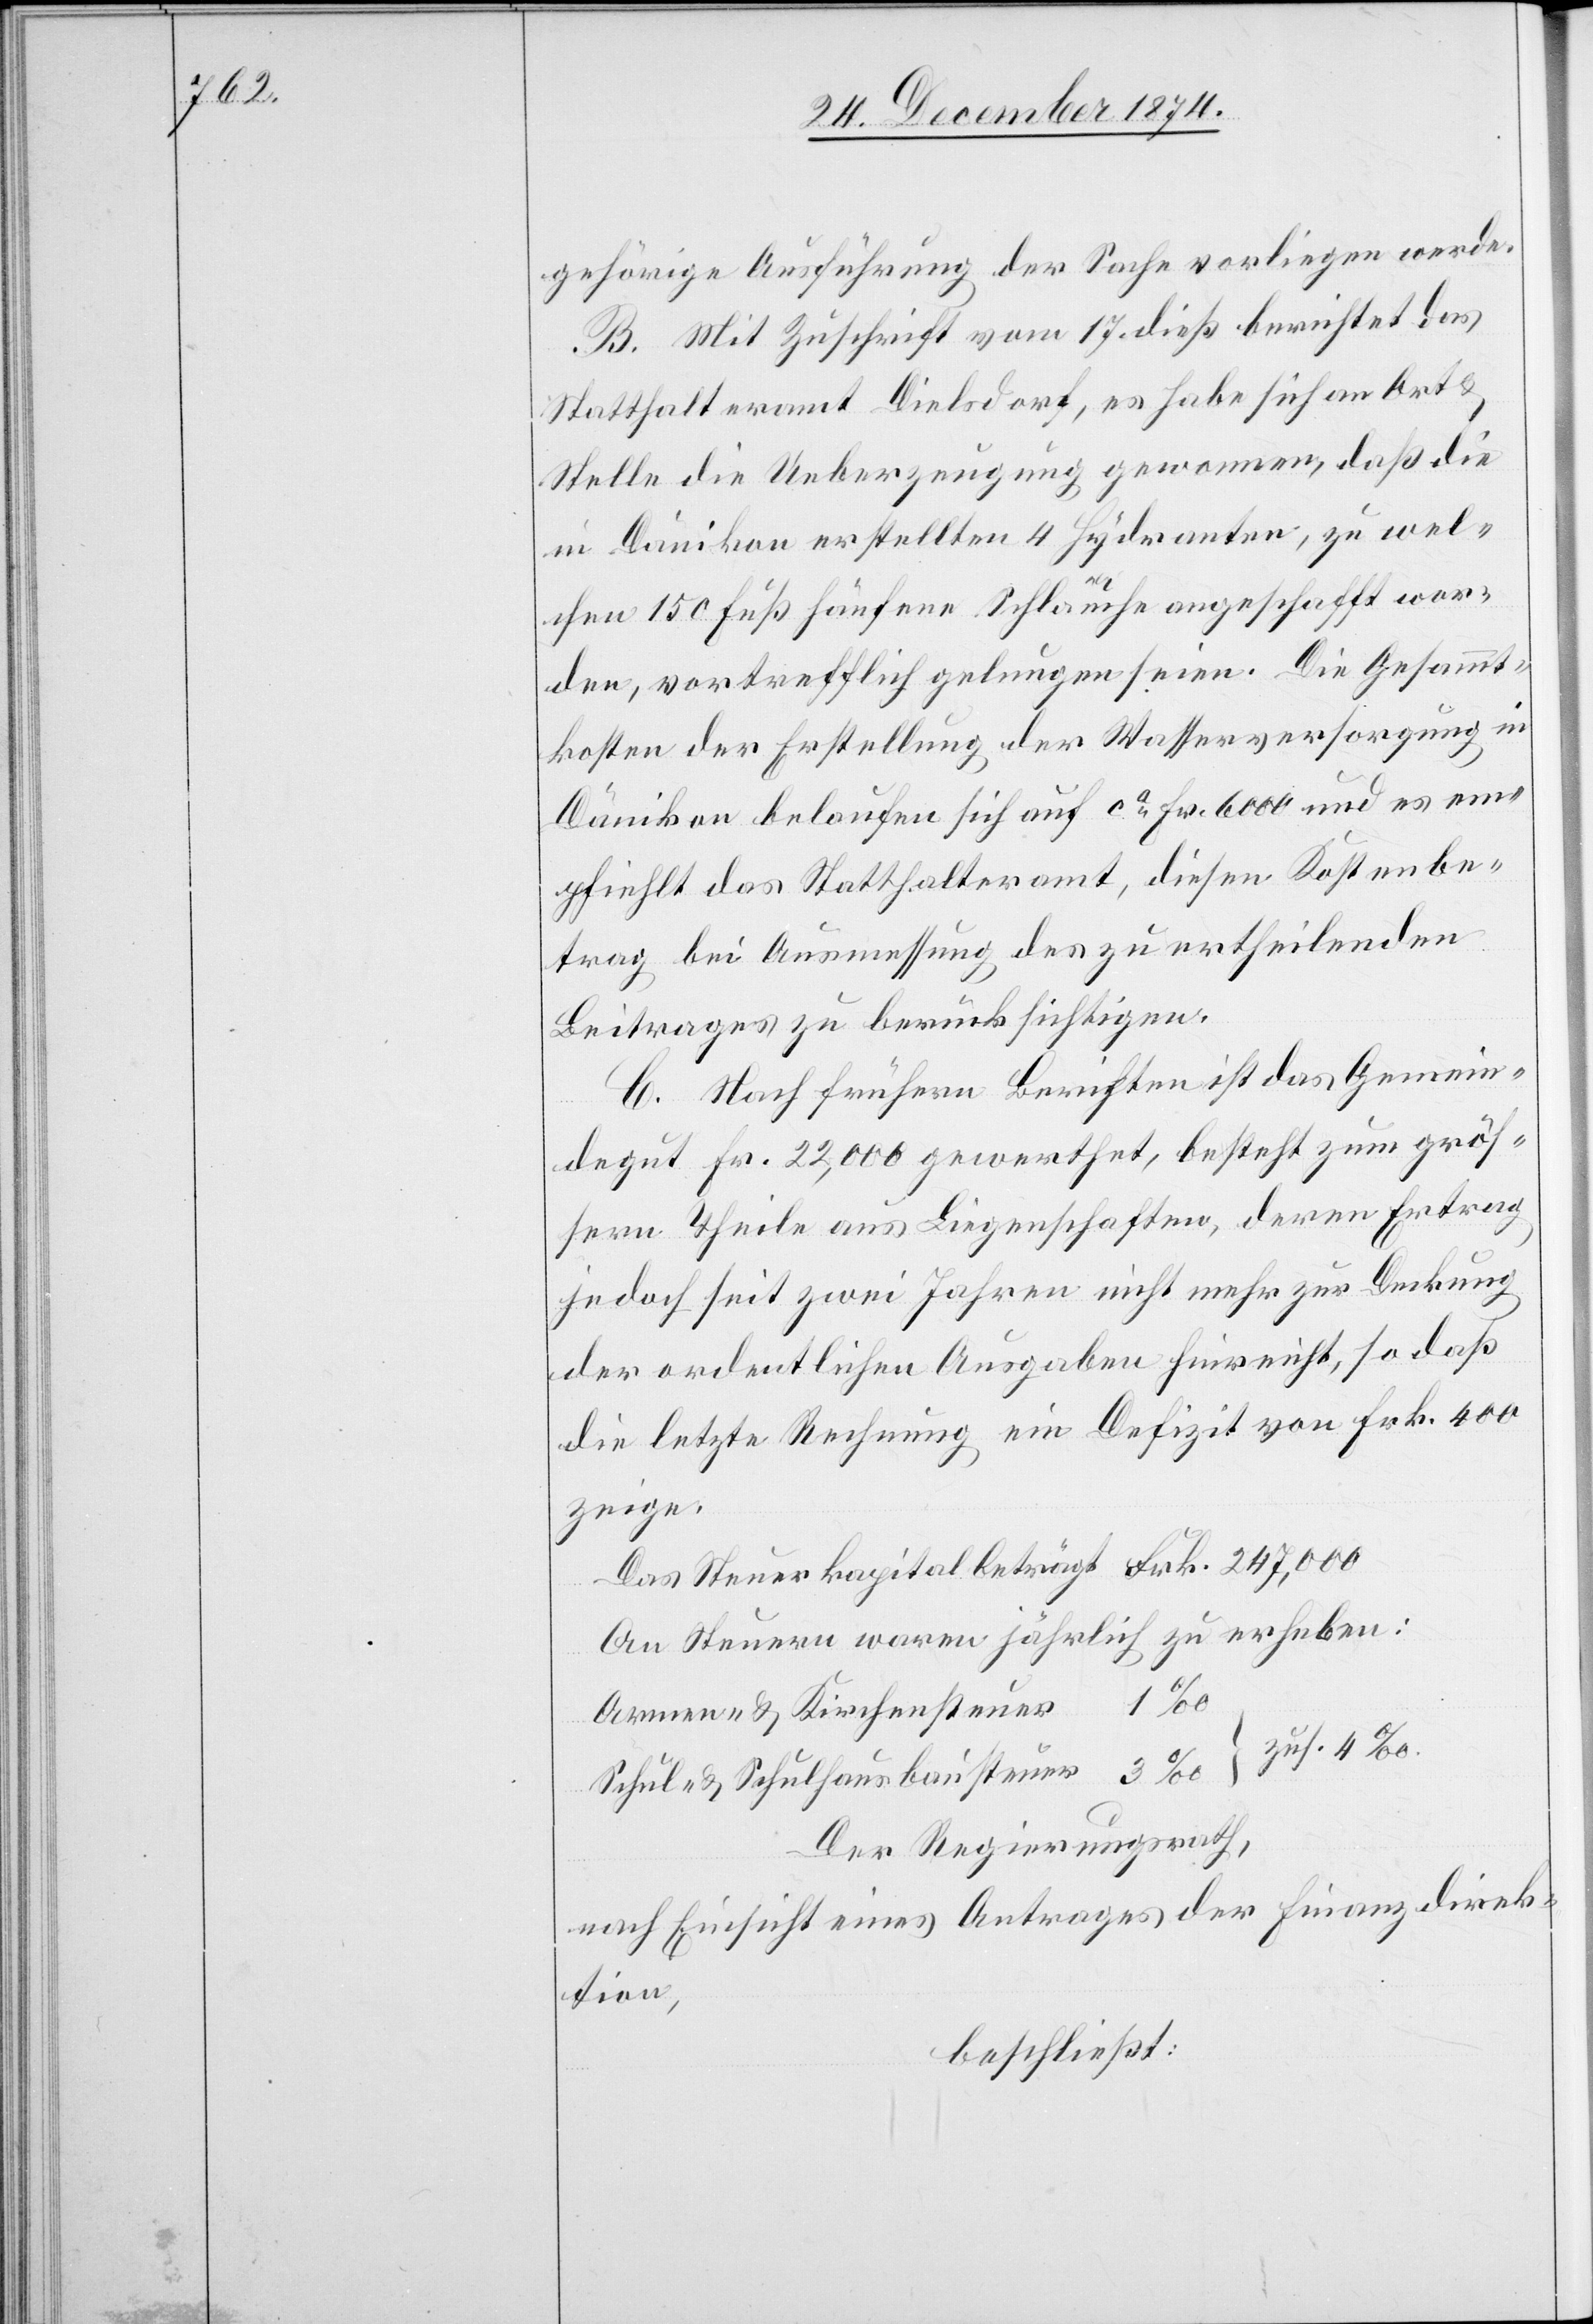
gehörige Ausführung der Sache vorliegen werde.
B. Mit Zuschrift vom 17. dieß berichtet das
Statthalteramt Dielsdorf, es habe sich an Ort &
Stelle die Ueberzeugung genommen, daß die
in Dänikon erstellten 4 Hydranten, zu wel¬
chen 150 Fuß hänfene Schläuche angeschafft wor¬
den, vortrefflich gelungen seien. Die Gesammt¬
kosten der Erstellung der Wasserversorgung in
Dänikon belaufen sich auf ca Fr. 6000 und es em¬
pfiehlt das Statthalteramt, diesen Kostenbe¬
trag bei Ausmessung des zu ertheilenden
Beitrages zu berücksichtigen.
C. Nach frühern Berichten ist das Gemein¬
degut Fr. 22,000 gewerthet, besteht zum grös¬
sern Theile aus Liegenschaften, deren Ertrag
jedoch seit zwei Jahren nicht mehr zur Deckung
der ordentlichen Ausgaben hinreicht, so daß
die letzte Rechnung ein Defizit von Frk. 4000
zeige.
Das Steuerkapital beträgt Frk. 247,000
An Steuern waren jährlich zu erheben:
Armen- & Kirchensteuer 1‰
Schul- & Schulhausbausteuer 3‰ zus. 4‰
Der Regierungsrath,
nach Einsicht eines Antrages der Finanzdirek¬
tion,
beschließt: